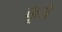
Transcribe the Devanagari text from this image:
कूजे